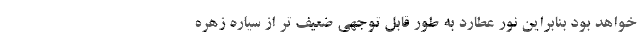
خواهد بود بنابراین نور عطارد به طور قابل توجهی ضعیف تر از سیاره زهره